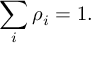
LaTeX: \sum _ { i } \rho _ { i } = 1 .